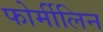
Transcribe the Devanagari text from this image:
फोर्मीलिन